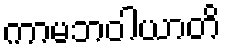
ကာမဘဝါယာတိ